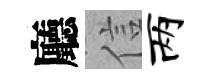
廳信两